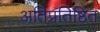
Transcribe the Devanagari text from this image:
अतिप्रतिष्ठित